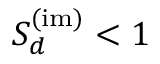
{ \cal S } _ { d } ^ { ( \mathrm { i m ) } } < 1